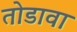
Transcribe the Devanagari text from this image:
तोडावा